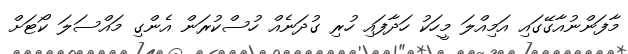
މާފަންނުއާގޭގައި އަމިއްލަ މީހަކު ހަދާފައި ހުރި ގުދަނެއް ހުސްކުރަން އެންގި މައްސަލަ ކޯޓަށް